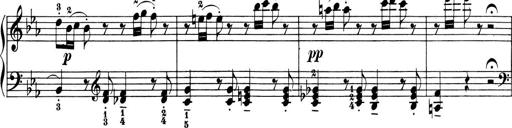
Title: 6 Piano Sonatinas
Composer: Cornelius Gurlitt